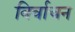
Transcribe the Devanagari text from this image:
विर्वाचन